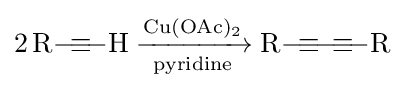
{2\,\mathrm {R} {-}\!{\equiv }\!{-}\mathrm {H} {}\mathrel {\xrightarrow[{\mathrm {pyridine} }]{\mathrm {Cu} (\mathrm {OAc} ){\vphantom {A}}_{\smash[{t}]{2}}}} {}\mathrm {R} {-}\!{\equiv }\!{-}\!{\equiv }\!{-}\mathrm {R} }